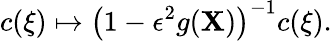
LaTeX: c(\xi)\mapsto\left(1-\epsilon^{2}g(\mathbf{X})\right)^{-1}{c}(\xi).